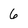
Character: 6